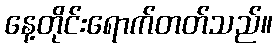
နေ့တိုင်းရောက်တတ်သည်။